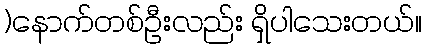
)နောက်တစ်ဦးလည်း ရှိပါသေးတယ်။